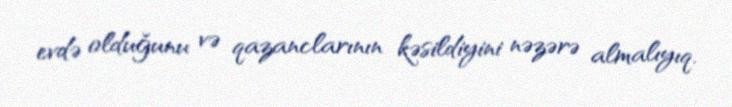
evdə olduğunu və qazanclarının kəsildiyini nəzərə almalıyıq.